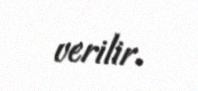
verilir.